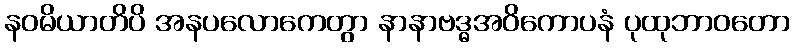
နဝမိယာတိပိ အနပလောကေတွာ နာနာဗဒ္ဓအဝိကောပနံ ပုထုဘာဝတော